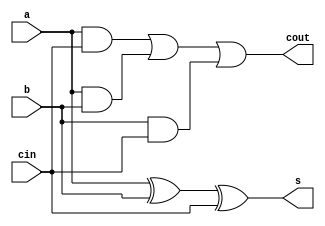
`timescale 1ns / 1ps
//////////////////////////////////////////////////////////////////////////////////
// Company: 
// Engineer: 
// 
// Design Name: 
// Module Name: adder_1_constructure
// Project Name: 
// Target Devices: 
// Tool Versions: 
// Description: 
// 
// Dependencies: 
// 
// Revision:
// Revision 0.01 - File Created
// Additional Comments:
// 
//////////////////////////////////////////////////////////////////////////////////


module adder_1_constructure(
    input a,
    input b,
    input cin,
    output s,
    output cout
    );
    wire [2:0]	w;
    and
        g1(w[0],a,cin),
        g2(w[1],a,b),
        g3(w[2],b,cin);
    xor g4(s,a,b,cin);
    or  g5(cout,w[0],w[1],w[2]);
endmodule